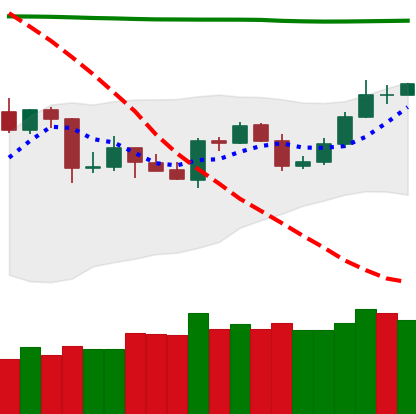
Ticker: TRX-USD
Chart end date: 2020-04-26
Forward return: 11.514%
Label: up_7plus